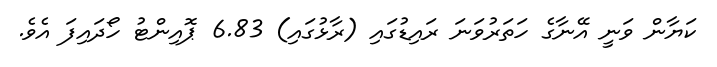
ކަޔާން ވަނީ އޭނާގެ ހަތަރުވަނަ ރައިޑުގައި (ރާޅުގައި) 6.83 ޕޮއިންޓު ހޯދައިފަ އެވެ.